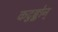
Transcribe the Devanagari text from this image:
कटुङ्कोन्